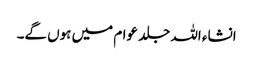
انشاء اللہ جلد عوام میں ہوں گے۔